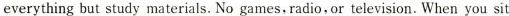
everything but study materials. No games, radio, or television. When you sit